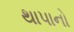
થાપાનો